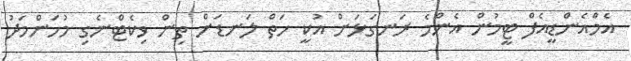
އެމްއެންޑީއެފް ޓީމުން އެންމެ ރަނގަޅަށް އުކީ ހަތް ލަނޑަށް ތިން ވިކެޓްނެގި މުހަންމަދު